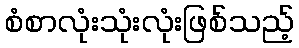
စံစာလုံးသုံးလုံးဖြစ်သည့်